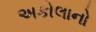
અકોલાનો